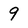
Character: 9